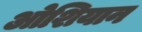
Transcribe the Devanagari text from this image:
ओशियान